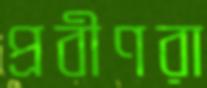
প্রবীণরা